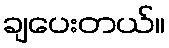
ချပေးတယ်။